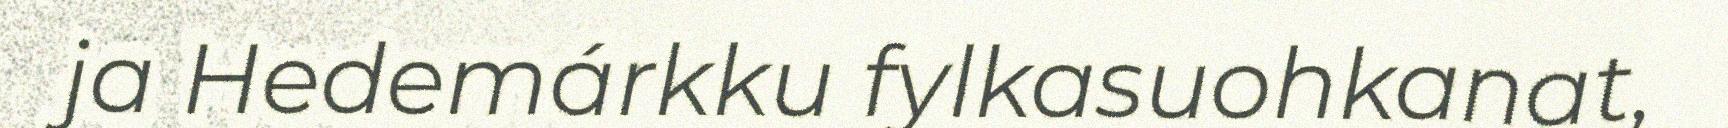
ja Hedemárkku fylkasuohkanat,